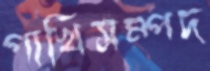
পাখিসম্পদ